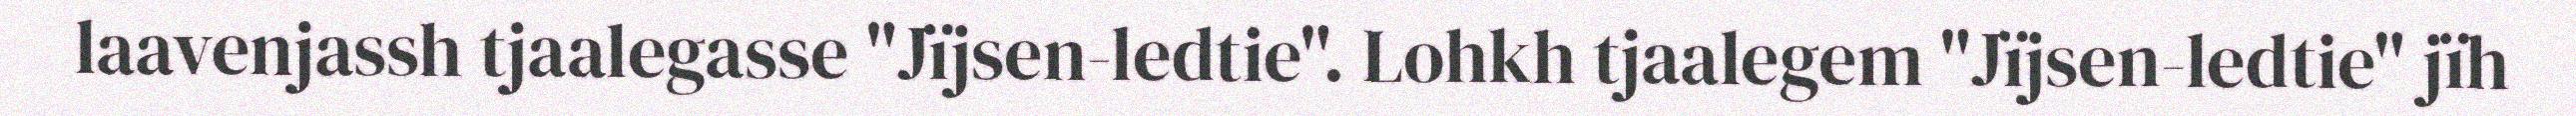
laavenjassh tjaalegasse "Jïjsen-ledtie". Lohkh tjaalegem "Jïjsen-ledtie" jïh